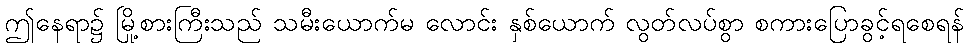
ဤနေရာ၌ မြို့စားကြီးသည် သမီးယောက်မ လောင်း နှစ်ယောက် လွတ်လပ်စွာ စကားပြောခွင့်ရစေရန်